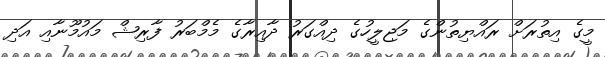
މީގެ އިތުރަށް ރައްޔިތުންގެ މަޖިލީހުގެ ދިއްގަރު ދާއިރާގެ މެމްބަރު ފާރިޝް މައުމޫނާއި އަދި